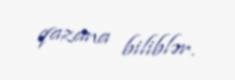
qazana biliblər.